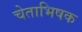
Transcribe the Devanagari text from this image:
चेताभिषक